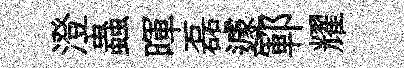
澄蟲暉磊遽鄆耀